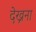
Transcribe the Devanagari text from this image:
देख्रना